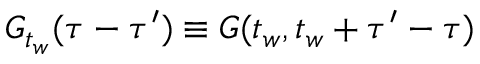
G _ { t _ { w } } ( \tau - \tau ^ { \prime } ) \equiv G ( t _ { w } , t _ { w } + \tau ^ { \prime } - \tau )